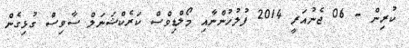
ކުރިން - 06 ޖެނުއަރީ 2014 ފުލުހުންނާއި މޯލްޑިވްސް ކަރެކްޝަނަލް ސާވިސް ގުޅިގެން